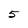
Character: 5